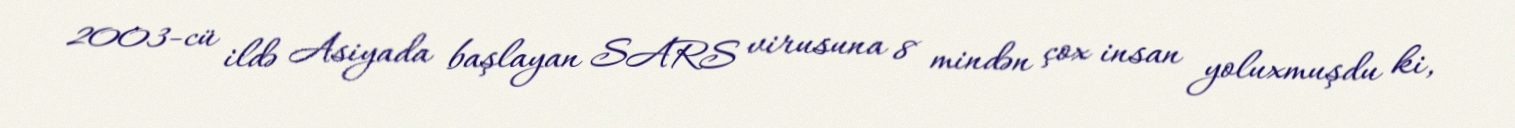
2003-cü ildə Asiyada başlayan SARS virusuna 8 mindən çox insan yoluxmuşdu ki,